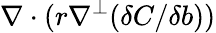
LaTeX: \nabla\cdot(r\nabla^{\perp}(\delta C/\delta b))